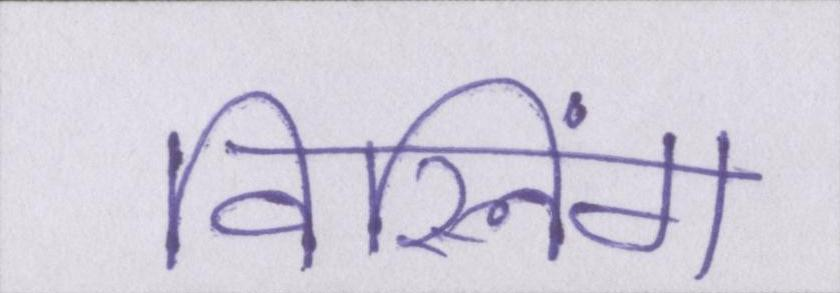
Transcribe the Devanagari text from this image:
विस्लिंग